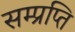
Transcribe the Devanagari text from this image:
सम्प्रप्ति